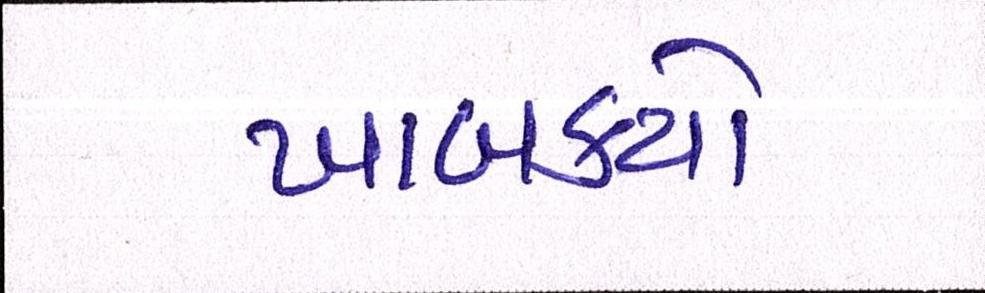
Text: ખાબક્યો